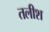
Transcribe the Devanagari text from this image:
तलीश